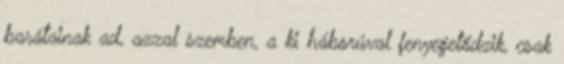
barátainak ad, azzal szemben, a ki háborúval fenyegetődzik, csak